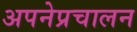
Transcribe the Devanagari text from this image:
अपनेप्रचालन